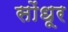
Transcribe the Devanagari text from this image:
सोंधूर